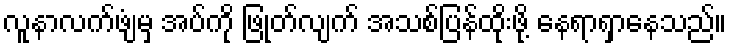
လူနာလက်ဖျံမှ အပ်ကို ဖြုတ်လျက် အသစ်ပြန်ထိုးဖို့ နေရာရှာနေသည်။